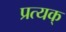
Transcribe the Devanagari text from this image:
प्रत्यक्